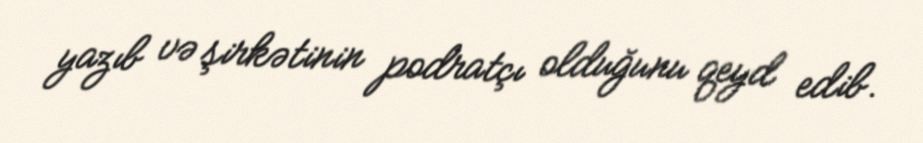
yazıb və şirkətinin podratçı olduğunu qeyd edib.